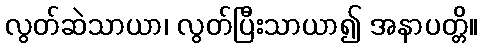
လွတ်ဆဲသာယာ၊ လွတ်ပြီးသာယာ၍ အနာပတ္တိ။